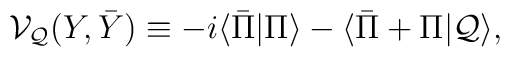
{\cal V}_{\cal Q}(Y,\bar{Y})\equiv -i\langle \bar{\Pi}|\Pi\rangle -\langle \bar{\Pi}+\Pi|{\cal Q}\rangle,